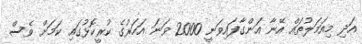
އަދި މިއަމަލުތައް އޭނާ އަންގާފައިވަނީ 2000 ވަނަ އަހަރުގެ ކުރީކޮޅުގައި ކަމަށް ވެސް